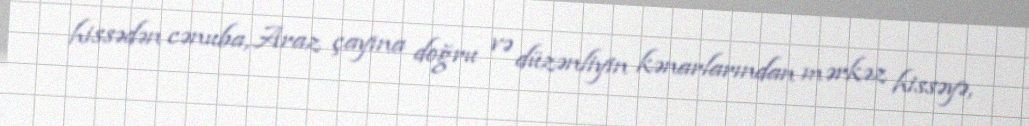
hissədən cənuba, Araz çayına doğru və düzənliyin kənarlarından mərkəz hissəyə,